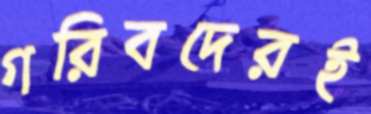
গরিবদেরই